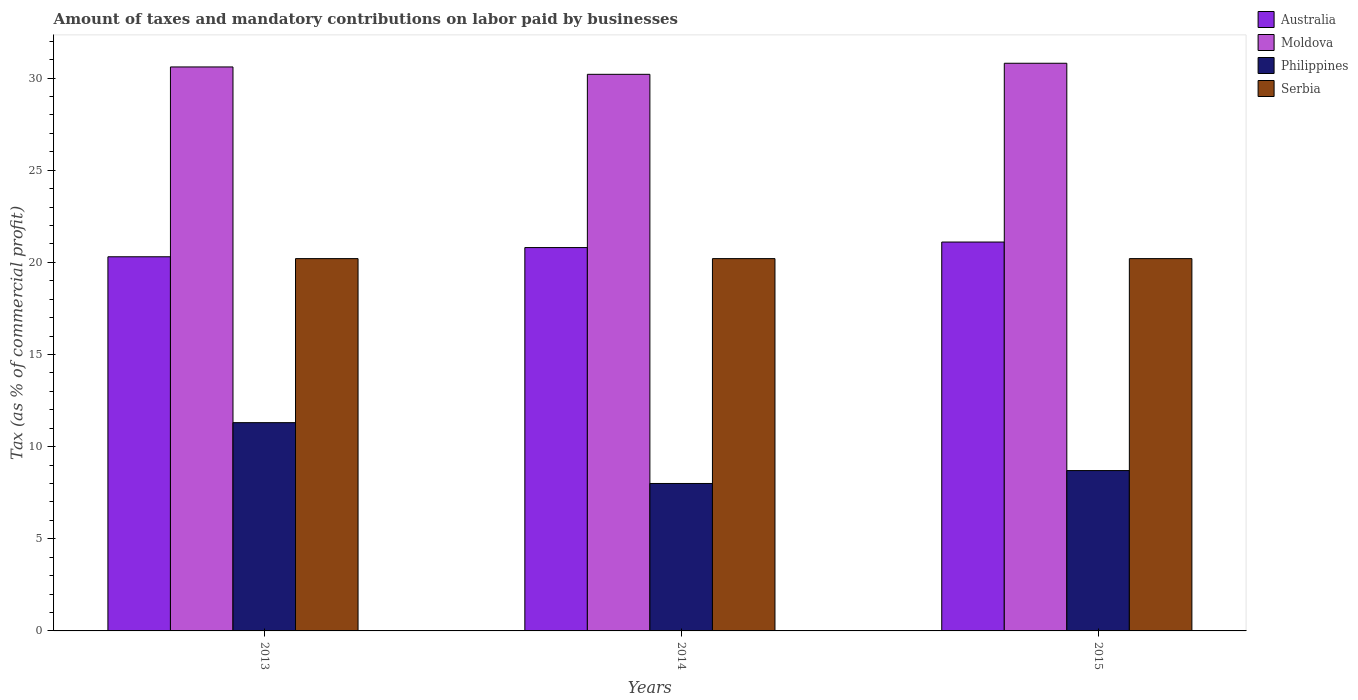
| Years | Australia | Moldova | Philippines | Serbia |
 | --- | --- | --- | --- | --- |
 | 2013 | 20.3 | 30.6 | 11.3 | 20.2 |
 | 2014 | 20.8 | 30.2 | 8 | 20.2 |
 | 2015 | 21.1 | 30.8 | 8.7 | 20.2 |